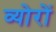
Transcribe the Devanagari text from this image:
व्योरों